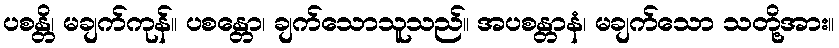
ပစန္တိ၊ မချက်ကုန်။ ပစန္တော၊ ချက်သောသူသည်။ အပစန္တာနံ၊ မချက်သော သတို့အား။